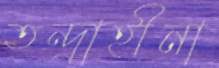
তন্দ্রাহীনা